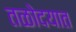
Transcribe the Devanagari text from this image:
तळोदयात